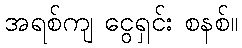
အရစ်ကျ ငွေရှင်း စနစ်။